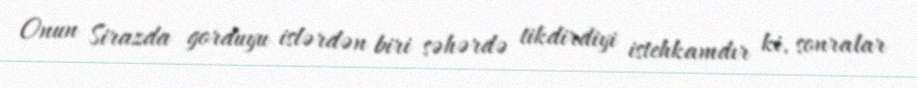
Onun Sirazda gorduyu islərdən biri səhərdə tikdirdiyi istehkamdır ki, sonralar